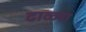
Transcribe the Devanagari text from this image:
ढाळ्या